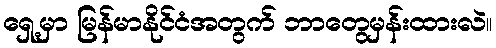
ရှေ့မှာ မြန်မာနိုင်ငံအတွက် ဘာတွေမှန်းထားလဲ။